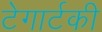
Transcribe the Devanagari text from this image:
टेगार्टकी